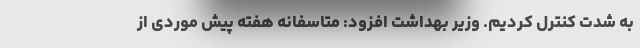
به شدت کنترل کردیم. وزیر بهداشت افزود: متاسفانه هفته پیش موردی از